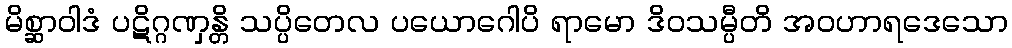
မိစ္ဆာဝါဒံ ပဋိဂ္ဂဏှန္တိ သပ္ပိတေလ ပယောဂေါပိ ရာမော ဒိဝသမ္ပီတိ အဝဟာရဒေသော